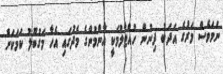
ނަމަވެސް މަރުގެ އަދަބު ދިނުން ހުއްޓާލުމަކީ އާންމުންގެ މެދުގައި އެހާ މަގުބޫލު ކަމަކަށް